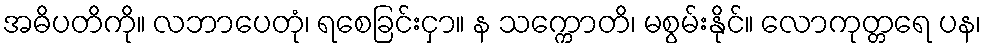
အဓိပတိကို။ လဘာပေတုံ၊ ရစေခြင်းငှာ။ န သက္ကောတိ၊ မစွမ်းနိုင်။ လောကုတ္တရေ ပန၊